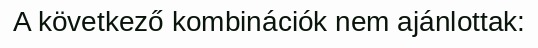
A következő kombinációk nem ajánlottak: